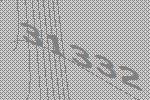
31332